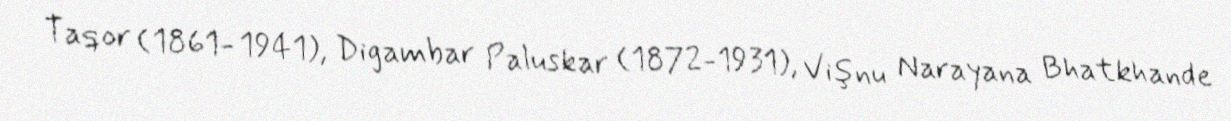
Taqor (1861- 1941), Digambar Paluskar (1872-1931), Vişnu Narayana Bhatkhande